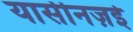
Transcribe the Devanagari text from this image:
यासीनज़ई